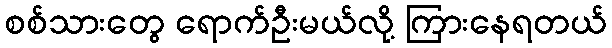
စစ်သားတွေ ရောက်ဦးမယ်လို့ ကြားနေရတယ်